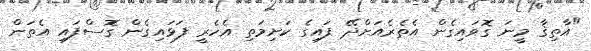
"އާތިޤާ މީނަ ގޮވައިގެން އެތެރެއަށްދޭ ފައިގެ ކަށިމަތި އެހެރީ ފަޅައިގެން ގޮސްފައި އެތަން